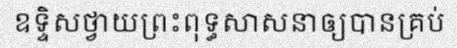
ឧទ្ទិសថ្វាយព្រះពុទ្ធសាសនាឲ្យបានគ្រប់